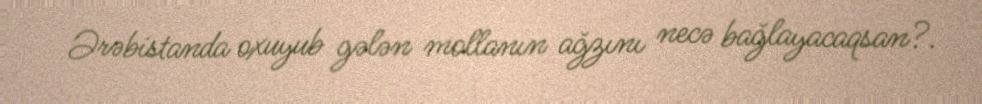
Ərəbistanda oxuyub gələn mollanın ağzını necə bağlayacaqsan?.